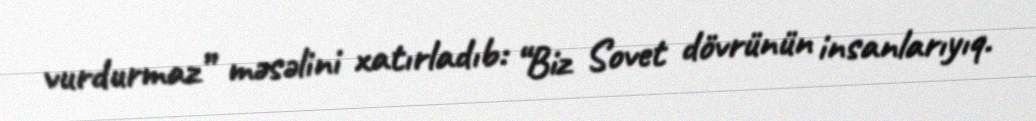
vurdurmaz” məsəlini xatırladıb: “Biz Sovet dövrünün insanlarıyıq.